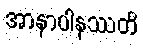
အာနာပါနဿတိ